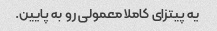
یه پیتزای کاملا معمولی رو به پایین.